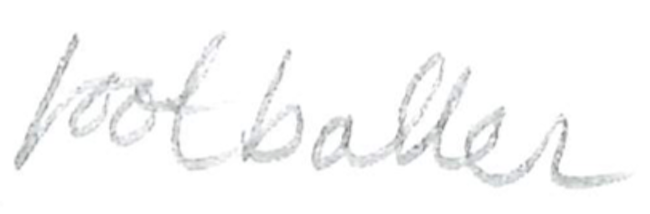
Text: footballer
Cross-out: clean
Writing tool: pencil